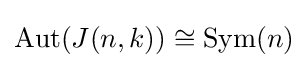
\operatorname {Aut} (J(n,k))\cong \operatorname {Sym} (n)